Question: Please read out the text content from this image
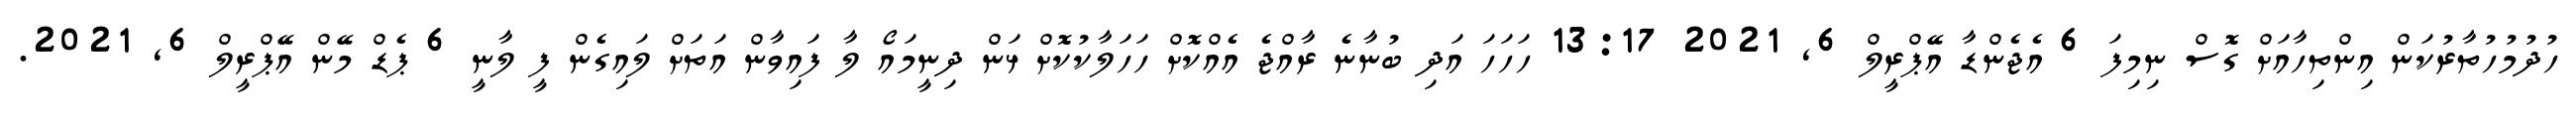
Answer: ހުދުމުހުތާރުކަން އިންތިހާއަށް ގޮސް ނިމިފަ 6 އެޖެންޑާ އޭޕްރީލް 6, 2021 13:17 ހަހަހަ އަދި ބުނާނެ ރާއްޖެ އެއްކޮށް ހަހަލާކުކޮށް ޅަން ދިނީމައޯ ލާ ފައިވާން އަތަށް ލައިގެން ފީ ލާނީ 6 ޕެޑް މޭން އޭޕްރީލް 6, 2021.